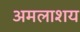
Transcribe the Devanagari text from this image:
अमलाशय